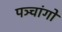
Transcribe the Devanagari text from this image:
पञ्चांगाें